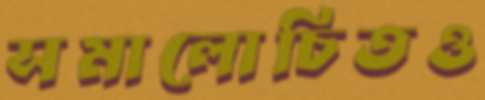
সমালোচিতও